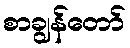
စာချွန်တော်